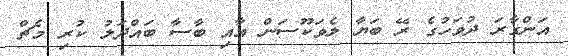
އަންގާރަ ދުވަހުގެ ރޭ ބަޔާ ލެވަކޫސަން އާއި ބާސާ ބައްދަލު ކުރި މެޗް